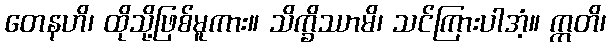
တေနဟိ၊ ထိုသို့ဖြစ်မူကား။ သိက္ခိဿာမိ၊ သင်ကြားပါအံ့။ ဣတိ၊